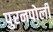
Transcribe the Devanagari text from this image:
पुरनपोली